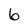
Character: 6